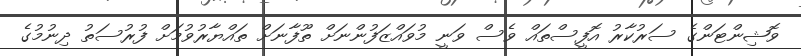
ވޮޝިންޓަންގެ ސަރުކާރު އޮފީސްތައް ވެސް ވަނީ މުވައްޒަފުންނަށް ތޫފާނަށް ތައްޔާރުވުމަށް ފުރުސަތު ދިނުމުގެ